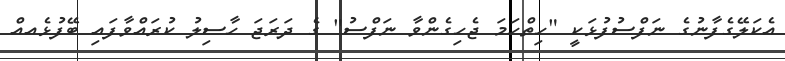
އެކަލޭގެފާނުގެ ނަފްސުފުޅަކީ "ހިތްހަމަ ޖެހިގެންވާ ނަފްސު" ގެ ދަރަޖަ ހާސިލު ކުރައްވާފައި ބޭފުޅެއއް